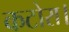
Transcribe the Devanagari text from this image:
कटोरा।